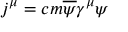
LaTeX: j ^ { \mu } = c m \overline { { { \psi } } } \gamma ^ { \mu } \psi